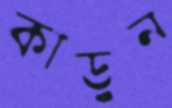
কাড়ুন